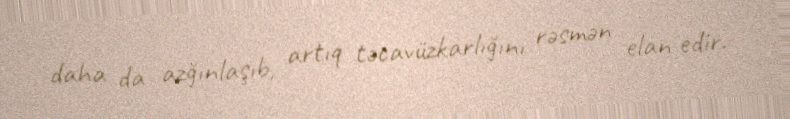
daha da azğınlaşıb, artıq təcavüzkarlığını rəsmən elan edir.